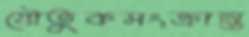
যৌতুকসংক্রান্ত